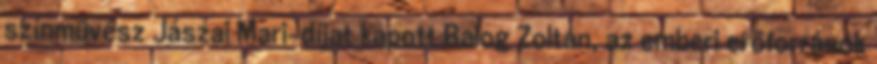
színművész Jászai Mari-díjat kapott Balog Zoltán, az emberi erőforrások